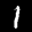
Label: 1